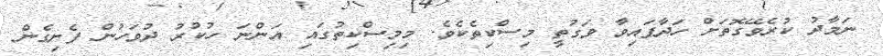
ނަމާދު ކުރެވޭގޮތަށް ހަދާފައިވާ ވަގުތީ މިސްކިތެކެވެ. މިމިސްކިތުގައި އަންނަ ހުކުރު ދުވަހުން ފެށިގެން